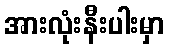
အားလုံးနီးပါးမှာ